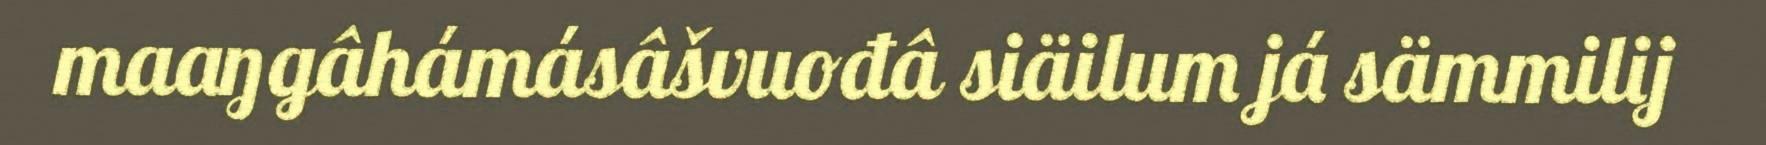
maaŋgâhámásâšvuođâ siäilum já sämmilij